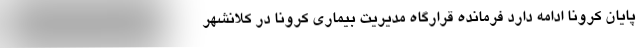
پایان کرونا ادامه دارد فرمانده قرارگاه مدیریت بیماری کرونا در کلانشهر